Report on sanitation, dispensaries, and jails in Rajputana for 1916, and on vaccination for the year 1916-1917 - 1916-1917
Year: 1916
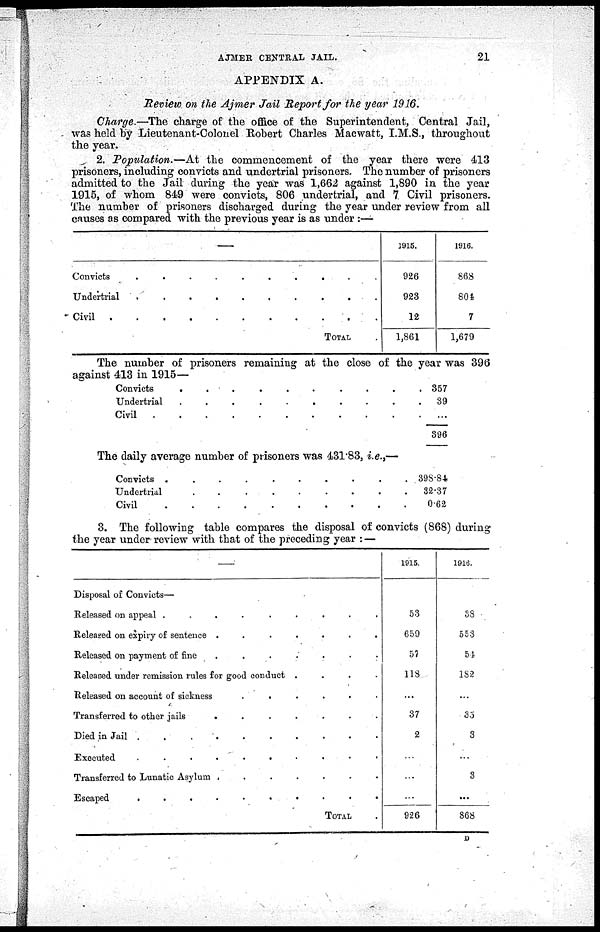
AJMER CENTRAL JAIL.
21
APPENDIX A.
Review on the Ajmer Jail Report for the year 1916.
Charge.—The charge of the office of the Superintendent, Central Jail,
was held by Lieutenant-Colonel Robert Charles Macwatt, I.M.S., throughout
the year.
2. Population.—At the commencement of the year there were 413
prisoners, including convicts and undertrial prisoners. The number of prisoners
admitted to the Jail during the year was 1,662 against 1,890 in the year
1915, of whom 849 were convicts, 806 undertrial, and 7 Civil prisoners.
The number of prisoners discharged during the year under review from all
causes as compared with the previous year is as under :—
—
Convicts
.
.
.
.
.
.
.
.
.
.
Undertrial . . . . . . . . .
Civil . . . . . . . . . . . .
TOTAL .
1915.
926
923
12
1,861
1916.
868
804
7
1,679
The number of prisoners remaining at the close of the year was 396
against 413 in 1915—
Convicts
.
.
.
.
.
.
.
.
.
.
Undertrial . . . . . . . . .
Civil . . . . . . . . . . . . .
357
39
...
396
The daily average number of prisoners was 431.83, i.e.,—
Convicts . . . . . . . . . .
Undertrial
.
.
.
.
. . . . .
Civil . . . . . . . . . . . . .
398.84
32.37
0.62
3. The following table compares the disposal of convicts (868) during
the year under review with that of the preceding year : —
—
Disposal of Convicts—
Released on appeal .
.
.
.
.
.
.
.
.
Released on expiry of sentence .
.
.
.
.
.
.
Released on payment of fine .
.
.
.
.
.
.
Released under remission rules for good conduct
....
Released on account of sickness
.
.
.
.
.
.
Transferred to other jails
.
.
.
.
.
.
.
Died in Jail . . . . . . . . . .
Executed
.
.
.
.
.
.
.
.
.
.
Transferred to Lunatic Asylum .
.
.
.
.
.
.
Escaped . . . . . . . . . .
TOTAL .
1915.
53
659
57
118
...
37
2
...
...
...
926
1916.
38
553
54
182
...
35
3
...
3
...
868
D